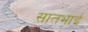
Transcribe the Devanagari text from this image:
सातभाई